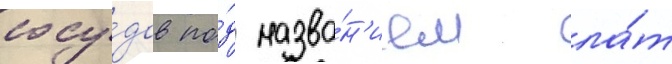
сосу́дов по́д назва́н'ием ла́т